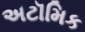
અટૉમિક